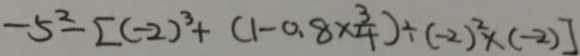
- 5 ^ { 2 } - [ ( - 2 ) ^ { 3 } + ( 1 - 0 . 8 \times \frac { 3 } { 4 } ) + ( - 2 ) ^ { 2 } \times ( - 2 ) ]